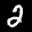
Label: 2